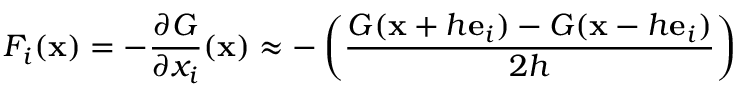
F _ { i } ( \mathbf { x } ) = - \frac { \partial G } { \partial x _ { i } } ( \mathbf { x } ) \approx - \left( \frac { G ( \mathbf { x } + h \mathbf { e } _ { i } ) - G ( \mathbf { x } - h \mathbf { e } _ { i } ) } { 2 h } \right)